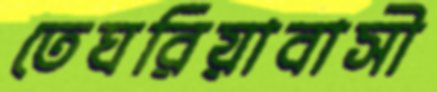
তেঘরিয়াবাসী